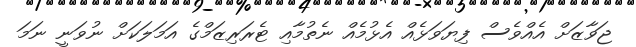
ޖަވާޒަށް އެއްވެސް ފިޔަވަޅެއް އެޅުމެއް ނެތުމާއި ޓެރަރިޒަމްގެ އަމަލަކަށް ނުވަނީ ނަމަ